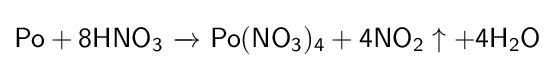
{\mathsf {Po+8HNO_{3}\ {\xrightarrow {}}\ Po(NO_{3})_{4}+4NO_{2}\uparrow +4H_{2}O}}